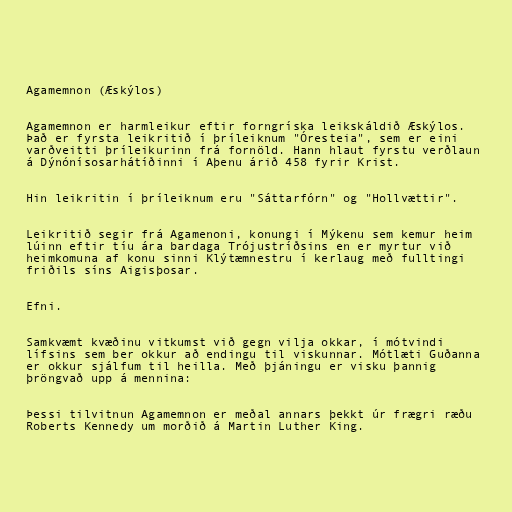
Agamemnon (Æskýlos)

Agamemnon er harmleikur eftir forngríska leikskáldið Æskýlos.
Það er fyrsta leikritið í þríleiknum "Óresteia", sem er eini
varðveitti þríleikurinn frá fornöld. Hann hlaut fyrstu verðlaun
á Dýnónísosarhátíðinni í Aþenu árið 458 fyrir Krist.

Hin leikritin í þríleiknum eru "Sáttarfórn" og "Hollvættir".

Leikritið segir frá Agamenoni, konungi í Mýkenu sem kemur heim
lúinn eftir tíu ára bardaga Trójustríðsins en er myrtur við
heimkomuna af konu sinni Klýtæmnestru í kerlaug með fulltingi
friðils síns Aigisþosar.

Efni.

Samkvæmt kvæðinu vitkumst við gegn vilja okkar, í mótvindi
lífsins sem ber okkur að endingu til viskunnar. Mótlæti Guðanna
er okkur sjálfum til heilla. Með þjáningu er visku þannig
þröngvað upp á mennina:

Þessi tilvitnun Agamemnon er meðal annars þekkt úr frægri ræðu
Roberts Kennedy um morðið á Martin Luther King.